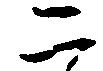
二